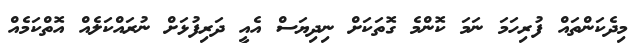
މިދެކަންތައް ފުރިހަމަ ނަމަ ކޮންމެ ގޮތަކަށް ނިދިޔަސް އެއީ ދަރިފުޅަށް ނުރައްކަލެއް އޮތްކަމެއް